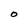
Character: O